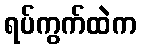
ရပ်ကွက်ထဲက